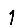
Digit: 1